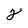
Character: 2